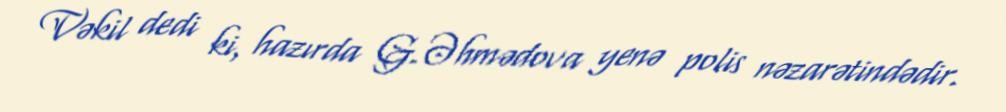
Vəkil dedi ki, hazırda G.Əhmədova yenə polis nəzarətindədir.